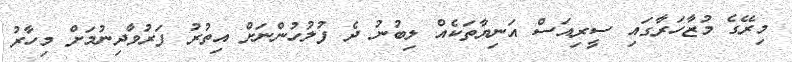
މިރޭގެ މުޒާހަރާގައި ސީރިއަސް އަނިޔާތަކެއް ލިބުނު ދެ ފުލުހުންނަށް އިތުރު ފަރުވާދިނުމަށް މިހާރު